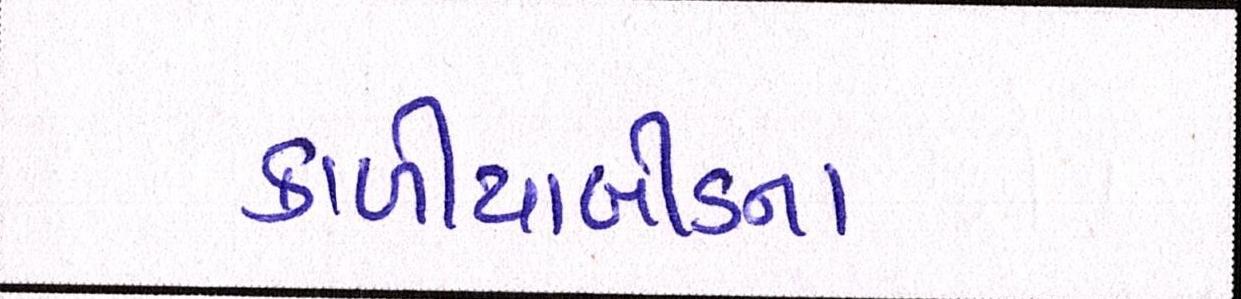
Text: કાળીયાબીડના